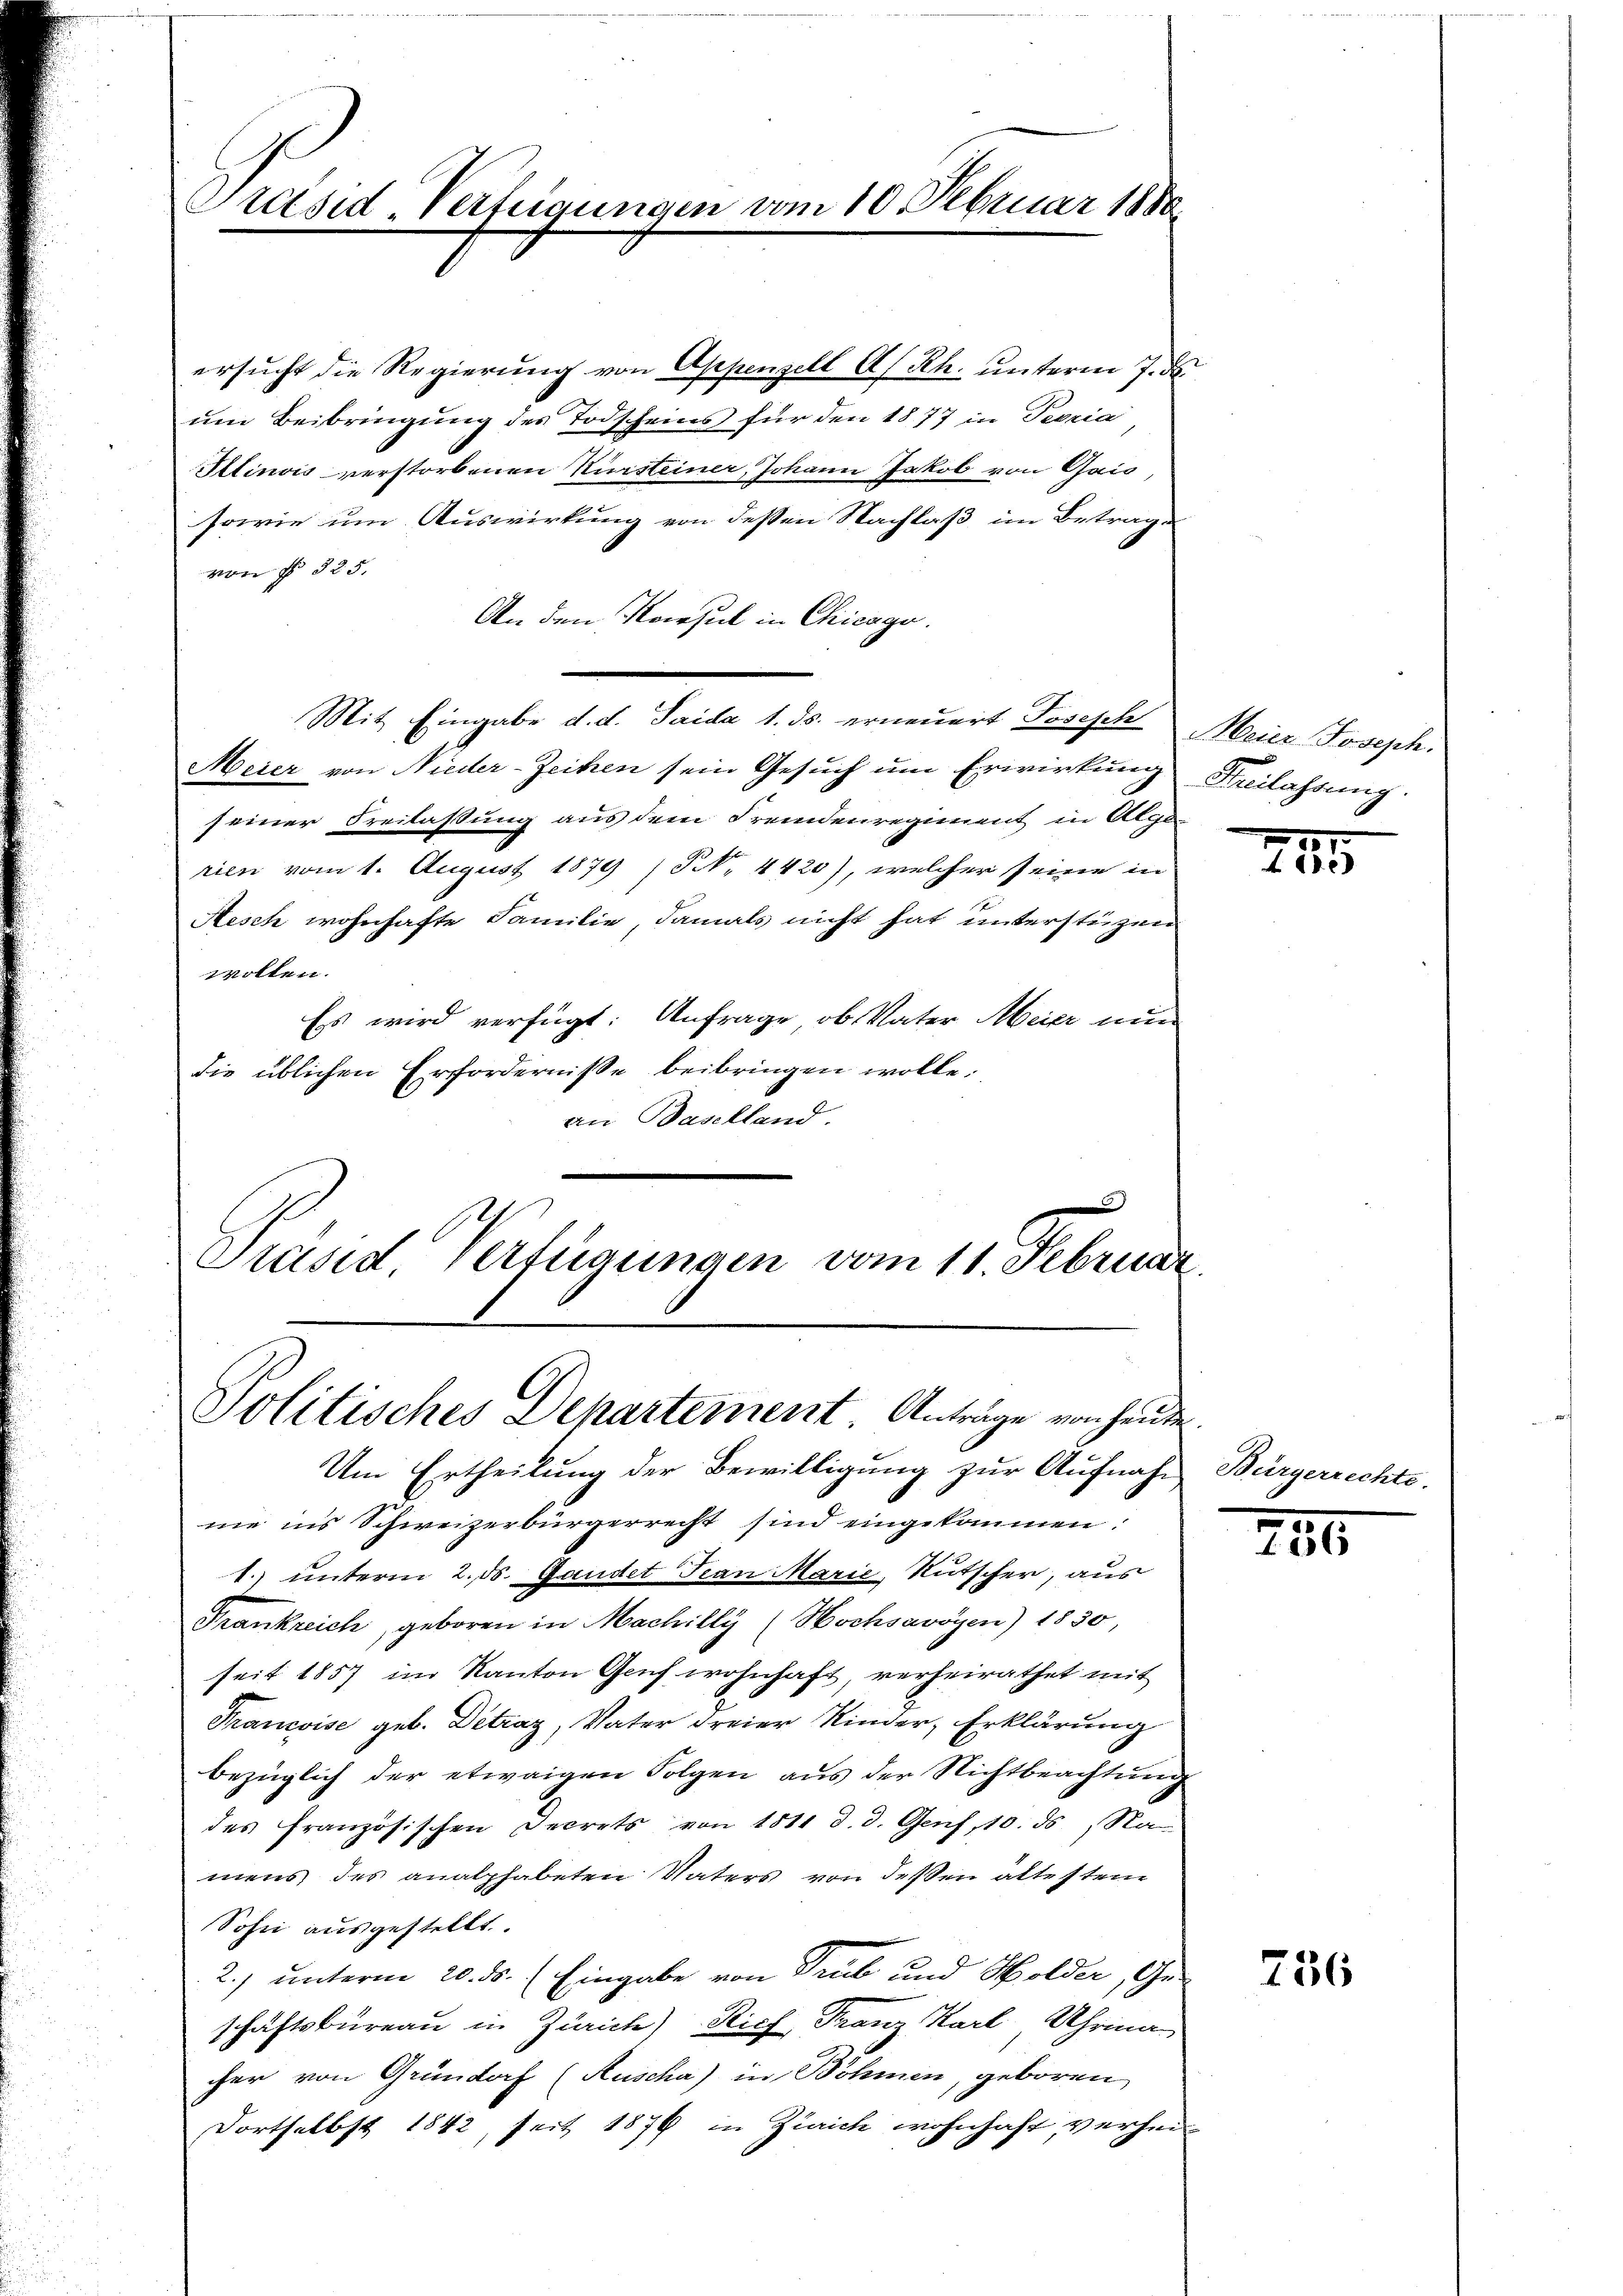
Präsid-Verfügungen vom 10. Februar 1880

ersucht die Regierung von Appenzell A/Rh. unterm 7. d.
um Beibringung des Todscheins für den 1877 in Terria
Alinois verstorbenen Kursteiner, Johann Jakob von Gais,
sowie um Auswirkung von dessen Nachlaß im Betrag-
von § 325.
An den Konsul in Chicago.
Mit Eingabe d. d. Saida 1. ds. erneuert Joseph Meier Joseph.
Meier von Nieder-Zeiten sein Gesuch um Erwirkung
seiner Freilassung aus dem Fremdenregiment in Alpe
rien vom 1. August 1879 (N. 4420), welcher seine in
Aesch wohnhafte Familie, damals nicht hat unterstüzen
wollen.
Es wird verfügt: Anfrage, ob Vater Meier nun
die üblichen Erfordernisse beibringen wolle.
an Baselland.
n
Präsid Verfügungen vom 11. Februar

Politisches Departement. Anträge von heute.
Um Ertheilung der Bewilligung zur Aufnah¬

me ins Schweizerbürgerrecht sind eingekommen.
1. unterm 2. ds. Gandet Frau Marie, Rutscher, aus
Frankreich, geboren in Machilly (Hochsavoyen) 1830,
seit 1857 im Kanton Genf wohnhaft, verheirathet mit
Francoise geb. Detrag, Vater dreier Kinder, Erklärung
bezüglich der etwaigen Folgen aus der Nichtbeachtung
des französischen Secrets von 1811 d. d. Genf, 10. ds., Na
mens des analphabeten Vaters von deßen altesten
Sohn ausgestellt.
2.) unterm 20. ds. (Eingabe von Trub und Holder, Ge-
schaftsbureau in Zürich) Stich Franz Karl, Uhrma
cher von Gründorf (Auscha) in Böhmen, geboren
Fortselbst 1842, seit 1879 in Zürich wohnhaft, verhei¬

Heilassung.

225

Bürgerrechte.

746

756